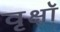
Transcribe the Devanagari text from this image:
वृक्षॉ